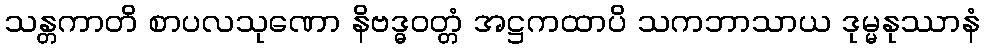
သန္တကာတိ စာပလသုဏော နိဗဒ္ဓဝတ္တံ အဋ္ဌကထာပိ သကဘာသာယ ဒုမ္မနုဿာနံ